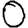
Digit: 0